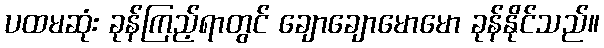
ပထမဆုံး ခုန်ကြည့်ရာတွင် ချောချောမောမော ခုန်နိုင်သည်။